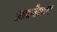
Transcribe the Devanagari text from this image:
अचरेकर